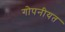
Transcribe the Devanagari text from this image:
गोपनीयत